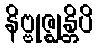
နိဗ္ဗုဇ္ဈန္တိပိ